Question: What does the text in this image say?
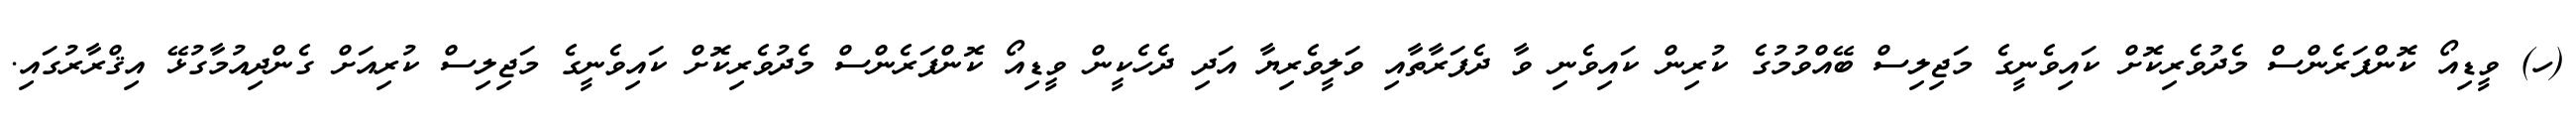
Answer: (ހ) ވީޑިއޯ ކޮންފަރެންސް މެދުވެރިކޮށް ކައިވެނީގެ މަޖިލިސް ބޭއްވުމުގެ ކުރިން ކައިވެނި ވާ ދެފަރާތާއި ވަލީވެރިޔާ އަދި ދެހެކީން ވީޑިއޯ ކޮންފަރެންސް މެދުވެރިކޮށް ކައިވެނީގެ މަޖިލިސް ކުރިއަށް ގެންދިއުމާގުޅޭ އިޤްރާރުގައި.